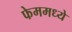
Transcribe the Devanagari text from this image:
फेममध्ये